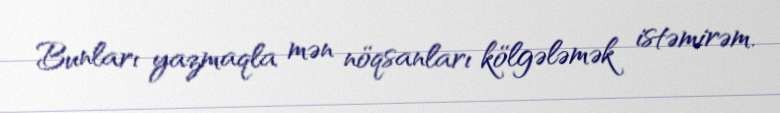
Bunları yazmaqla mən nöqsanları kölgələmək istəmirəm.